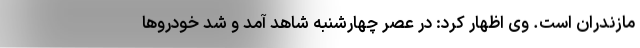
مازندران است. وی اظهار کرد: در عصر چهارشنبه شاهد آمد و شد خودروها